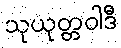
သုယုတ္တဝါဒီ